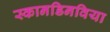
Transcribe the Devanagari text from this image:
स्कानडिनविया